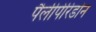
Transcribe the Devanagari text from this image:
पैलीपेरिडोन